Lunatic asylums Burma 1907-21 - 1907-1921
Year: 1907
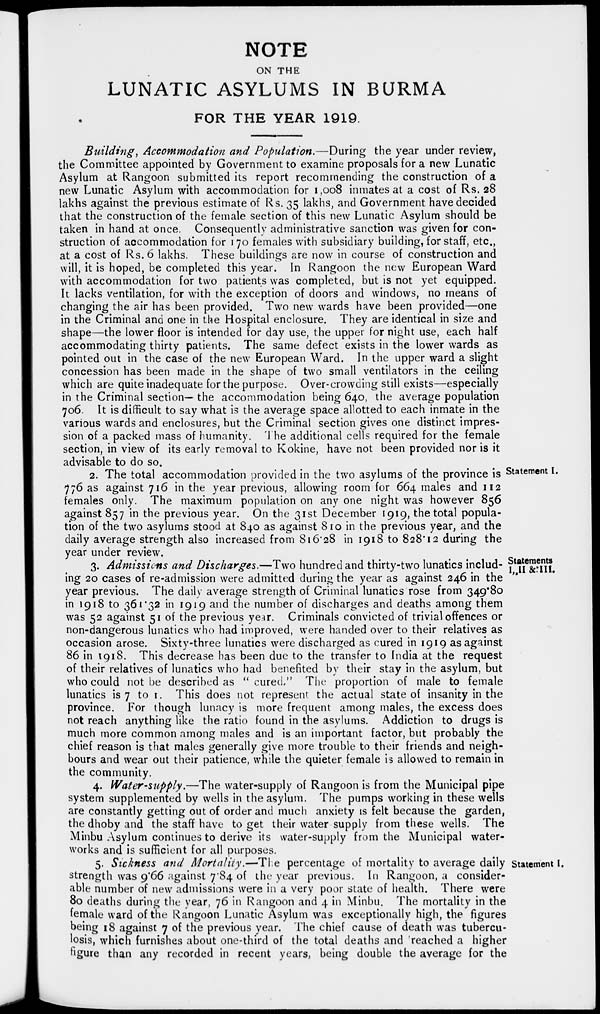
NOTE
ON THE
LUNATIC ASYLUMS IN BURMA
FOR THE YEAR 1919.
Building, Accommodation and Population.—During the year under review,
the Committee appointed by Government to examine proposals for a new Lunatic
Asylum at Rangoon submitted its report recommending the construction of a
new Lunatic Asylum with accommodation for 1,008 inmates at a cost of Rs. 28
lakhs against the previous estimate of Rs. 35 lakhs, and Government have decided
that the construction of the female section of this new Lunatic Asylum should be
taken in hand at once. Consequently administrative sanction was given for con-
struction of accommodation for 170 females with subsidiary building, for staff, etc.,
at a cost of Rs. 6 lakhs. These buildings are now in course of construction and
will, it is hoped, be completed this year. In Rangoon the new European Ward
with accommodation for two patients was completed, but is not yet equipped.
It lacks ventilation, for with the exception of doors and windows, no means of
changing the air has been provided. Two new wards have been provided—one
in the Criminal and one in the Hospital enclosure. They are identical in size and
shape—the lower floor is intended for day use, the upper for night use, each half
accommodating thirty patients. The same defect exists in the lower wards as
pointed out in the case of the new European Ward. In the upper ward a slight
concession has been made in the shape of two small ventilators in the ceiling
which are quite inadequate for the purpose. Over-crowding still exists—especially
in the Criminal section— the accommodation being 640, the average population
706. It is difficult to say what is the average space allotted to each inmate in the
various wards and enclosures, but the Criminal section gives one distinct impres-
sion of a packed mass of humanity. The additional cells required for the female
section, in view of its early removal to Kokine, have not been provided nor is it
advisable to do so.
Statement I.
2. The total accommodation provided in the two asylums of the province is
776 as against 716 in the year previous, allowing room for 664 males and 112
females only. The maximum population on any one night was however 856
against 857 in the previous year. On the 31st December 1919, the total popula-
tion of the two asylums stood at 840 as against 810 in the previous year, and the
daily average strength also increased from 816.28 in 1918 to 828.12 during the
year under review.
Statements
I, II & III.
3. Admissions and Discharges.—Two hundred and thirty-two lunatics includ-
ing 20 cases of re-admission were admitted during the year as against 246 in the
year previous. The daily average strength of Criminal lunatics rose from 349.80
in 1918 to 361.32 in 1919 and the number of discharges and deaths among them
was 52 against 51 of the previous year. Criminals convicted of trivial offences or
non-dangerous lunatics who had improved, were handed over to their relatives as
occasion arose. Sixty-three lunatics were discharged as cured in 1919 as against
86 in 1918. This decrease has been due to the transfer to India at the request
of their relatives of lunatics who had benefited by their stay in the asylum, but
who could not be described as "cured." The proportion of male to female
lunatics is 7 to 1. This does not represent the actual state of insanity in the
province. For though lunacy is more frequent among males, the excess does
not reach anything like the ratio found in the asylums. Addiction to drugs is
much more common among males and is an important factor, but probably the
chief reason is that males generally give more trouble to their friends and neigh-
bours and wear out their patience, while the quieter female is allowed to remain in
the community.
4. Water-supply.—The water-supply of Rangoon is from the Municipal pipe
system supplemented by wells in the asylum. The pumps working in these wells
are constantly getting out of order and much anxiety is felt because the garden,
the dhoby and the staff have to get their water supply from these wells. The
Minbu Asylum continues to derive its water-supply from the Municipal water-
works and is sufficient for all purposes.
Statement I.
5. Sickness and Mortality.—The percentage of mortality to average daily
strength was 9.66 against 7.84 of the year previous. In Rangoon, a consider-
able number of new admissions were in a very poor state of health. There were
80 deaths during the year, 76 in Rangoon and 4 in Minbu. The mortality in the
female ward of the Rangoon Lunatic Asylum was exceptionally high, the figures
being 18 against 7 of the previous year. The chief cause of death was tubercu-
losis, which furnishes about one-third of the total deaths and reached a higher
figure than any recorded in recent years, being double the average for the